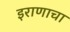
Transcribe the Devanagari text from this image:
इराणाचा